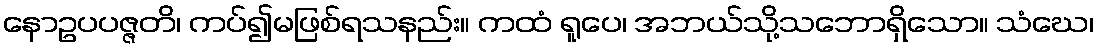
နောဥပပဇ္ဇတိ၊ ကပ်၍မဖြစ်ရသနည်း။ ကထံ ရူပေ၊ အဘယ်သို့သဘောရှိသော။ သံဃေ၊